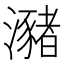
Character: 瀦